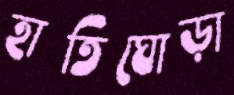
হাতিঘোড়া